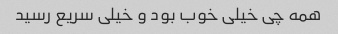
همه چی خیلی خوب بود و خیلی سریع رسید